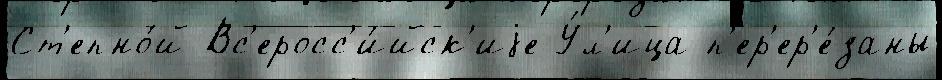
Ст'епно́й Вс'еросс'и́йск'иjе У́л'ица п'ер'ер'е́заны